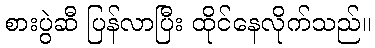
စားပွဲဆီ ပြန်လာပြီး ထိုင်နေလိုက်သည်။